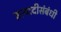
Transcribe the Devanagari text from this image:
इत्यादीसंबंधी